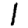
Digit: 1